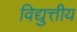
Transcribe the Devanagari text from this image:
विद्युत्तीय